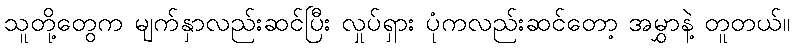
သူတို့တွေက မျက်နှာလည်းဆင်ပြီး လှုပ်ရှား ပုံကလည်းဆင်တော့ အမွှာနဲ့ တူတယ်။